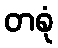
တစုံ